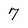
Character: 7